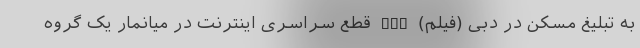
به تبلیغ مسکن در دبی (فیلم) nan قطع سراسری اینترنت در میانمار یک گروه